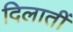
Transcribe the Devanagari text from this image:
दिलातीं